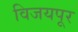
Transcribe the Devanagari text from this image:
विजयपूर